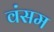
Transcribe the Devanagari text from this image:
वंसम